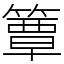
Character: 簟